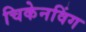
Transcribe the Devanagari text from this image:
चिकेनविंग